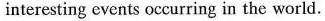
interesting events occurring in the world.